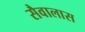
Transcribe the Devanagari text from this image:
सैवालास